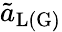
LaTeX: \tilde{a}_{\mathrm{L(G)}}